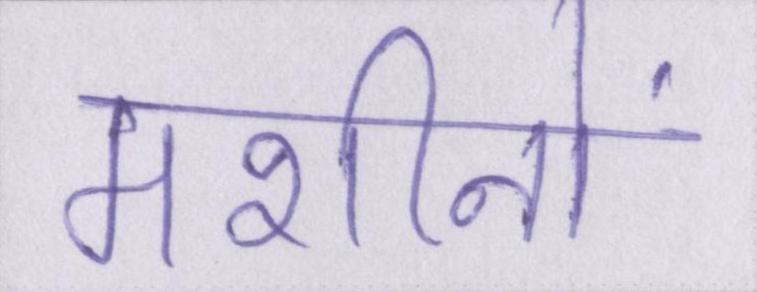
मशीनों